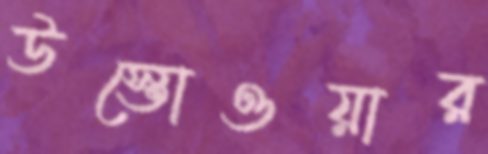
উস্তোওয়ার